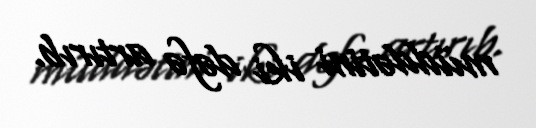
müddətini iki dəfə artırıb.